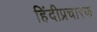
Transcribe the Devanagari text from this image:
हिंदीप्रचारक